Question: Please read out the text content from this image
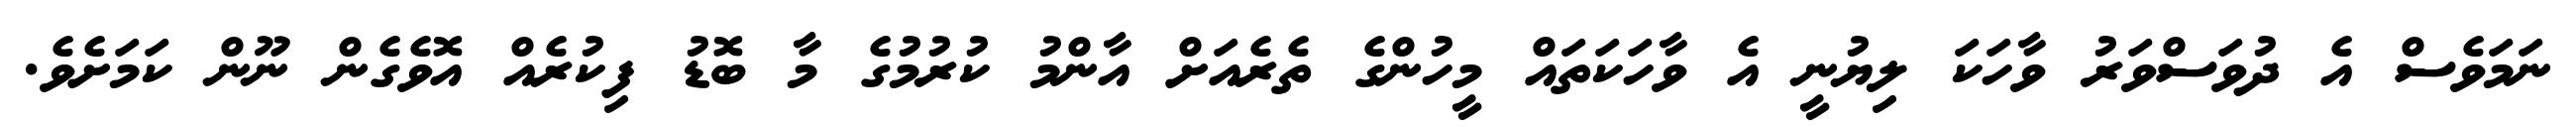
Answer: ނަމަވެސް އެ ދުވަސްވަރު ވާހަކަ ލިޔުނީ އެ ވާހަކަތައް މީހުންގެ ތެރެއަށް އާންމު ކުރުމުގެ މާ ބޮޑު ފިކުރެއް އޮވެގެން ނޫން ކަމަށެވެ.